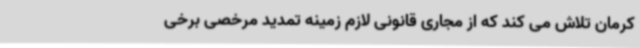
کرمان تلاش می کند که از مجاری قانونی لازم زمینه تمدید مرخصی برخی